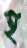
হ